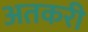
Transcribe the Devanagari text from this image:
अतकरी